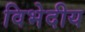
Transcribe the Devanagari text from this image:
विभेदीय